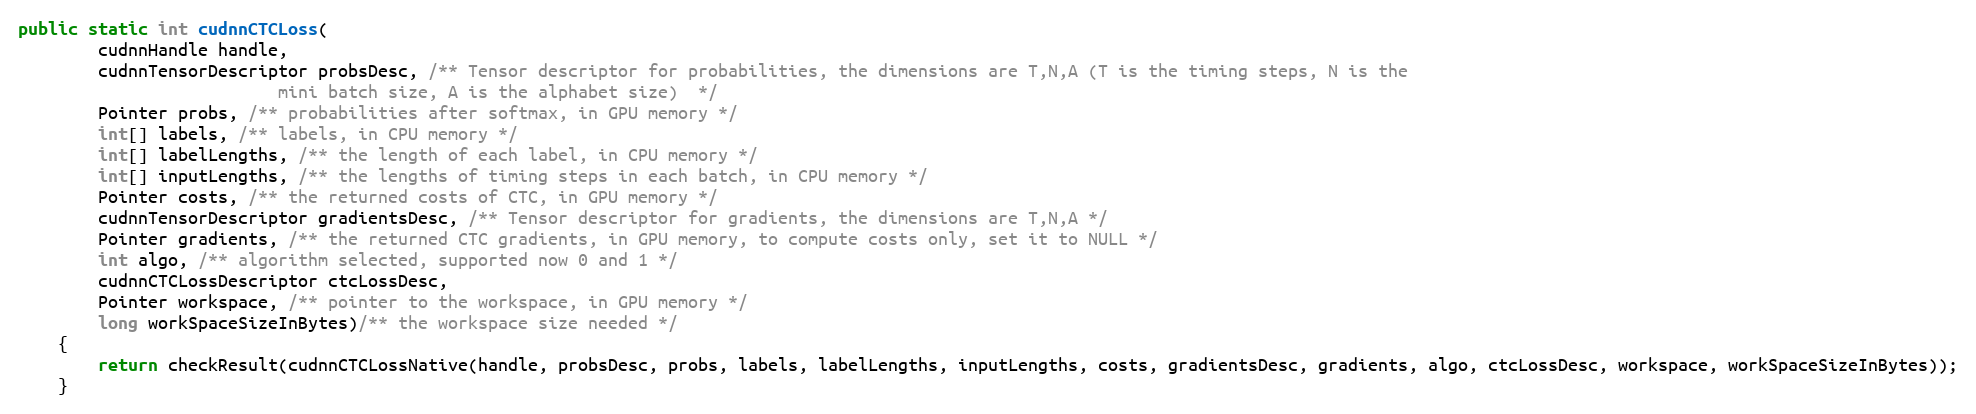
Language: Java
public static int cudnnCTCLoss(
        cudnnHandle handle,
        cudnnTensorDescriptor probsDesc, /** Tensor descriptor for probabilities, the dimensions are T,N,A (T is the timing steps, N is the
                          mini batch size, A is the alphabet size)  */
        Pointer probs, /** probabilities after softmax, in GPU memory */
        int[] labels, /** labels, in CPU memory */
        int[] labelLengths, /** the length of each label, in CPU memory */
        int[] inputLengths, /** the lengths of timing steps in each batch, in CPU memory */
        Pointer costs, /** the returned costs of CTC, in GPU memory */
        cudnnTensorDescriptor gradientsDesc, /** Tensor descriptor for gradients, the dimensions are T,N,A */
        Pointer gradients, /** the returned CTC gradients, in GPU memory, to compute costs only, set it to NULL */
        int algo, /** algorithm selected, supported now 0 and 1 */
        cudnnCTCLossDescriptor ctcLossDesc,
        Pointer workspace, /** pointer to the workspace, in GPU memory */
        long workSpaceSizeInBytes)/** the workspace size needed */
    {
        return checkResult(cudnnCTCLossNative(handle, probsDesc, probs, labels, labelLengths, inputLengths, costs, gradientsDesc, gradients, algo, ctcLossDesc, workspace, workSpaceSizeInBytes));
    }